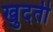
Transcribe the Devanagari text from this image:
खुदती